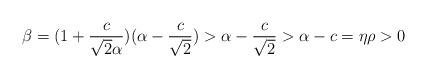
LaTeX: \begin{align*} \beta = (1 + \frac{c}{\sqrt{2}\alpha})(\alpha - \frac{c}{\sqrt{2}}) > \alpha - \frac{c}{\sqrt{2}} > \alpha - c = \eta\rho > 0 \end{align*}